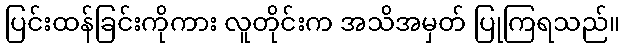
ပြင်းထန်ခြင်းကိုကား လူတိုင်းက အသိအမှတ် ပြုကြရသည်။